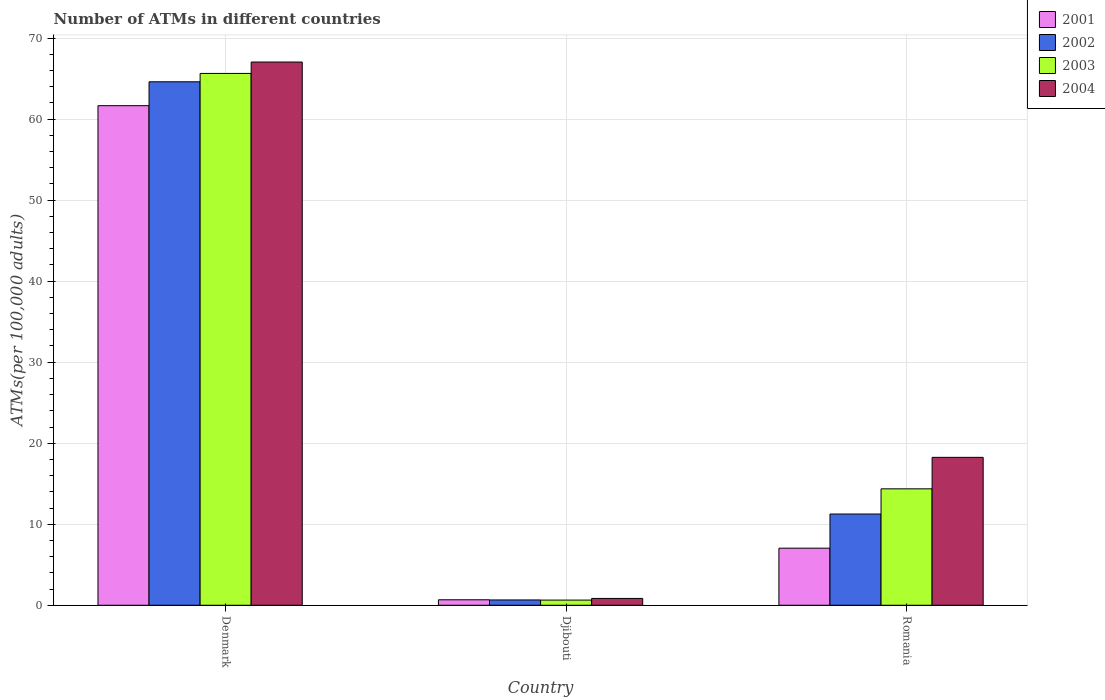
| Country | 2001 | 2002 | 2003 | 2004 |
 | --- | --- | --- | --- | --- |
 | Denmark | 61.7 | 64.6 | 65.6 | 67 |
 | Djibouti | 0.676 | 0.656 | 0.638 | 0.844 |
 | Romania | 7.04 | 11.3 | 14.4 | 18.3 |